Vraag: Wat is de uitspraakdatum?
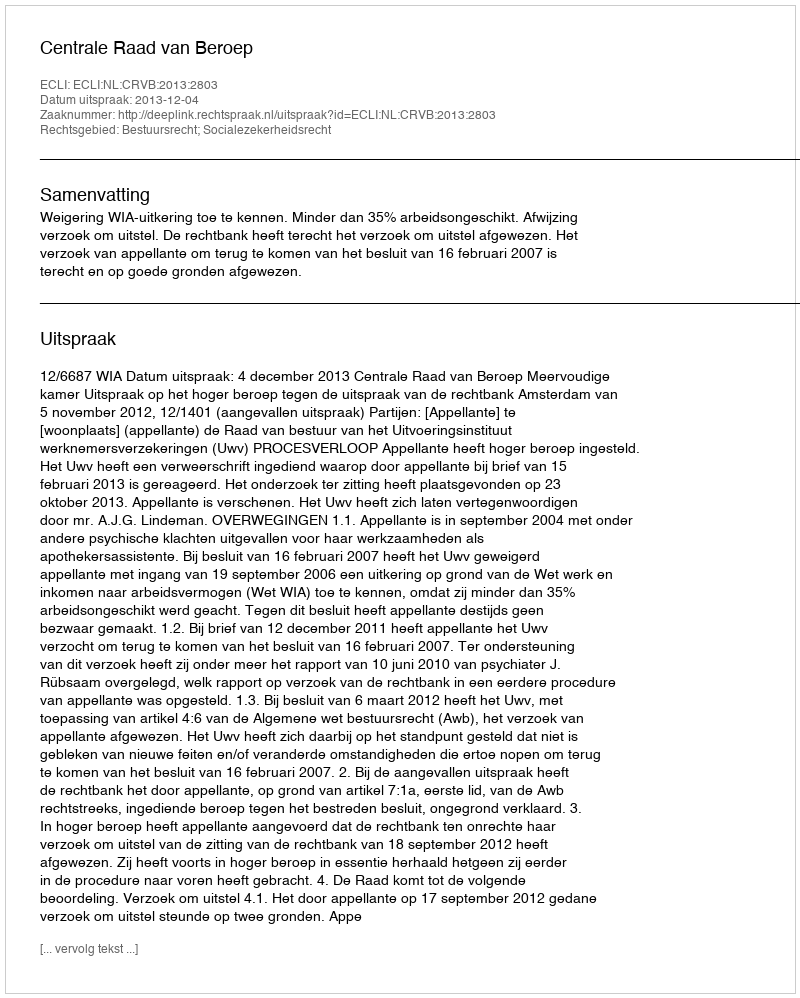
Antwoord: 2013-12-04